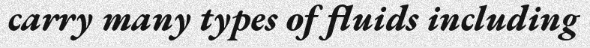
carry many types of fluids including